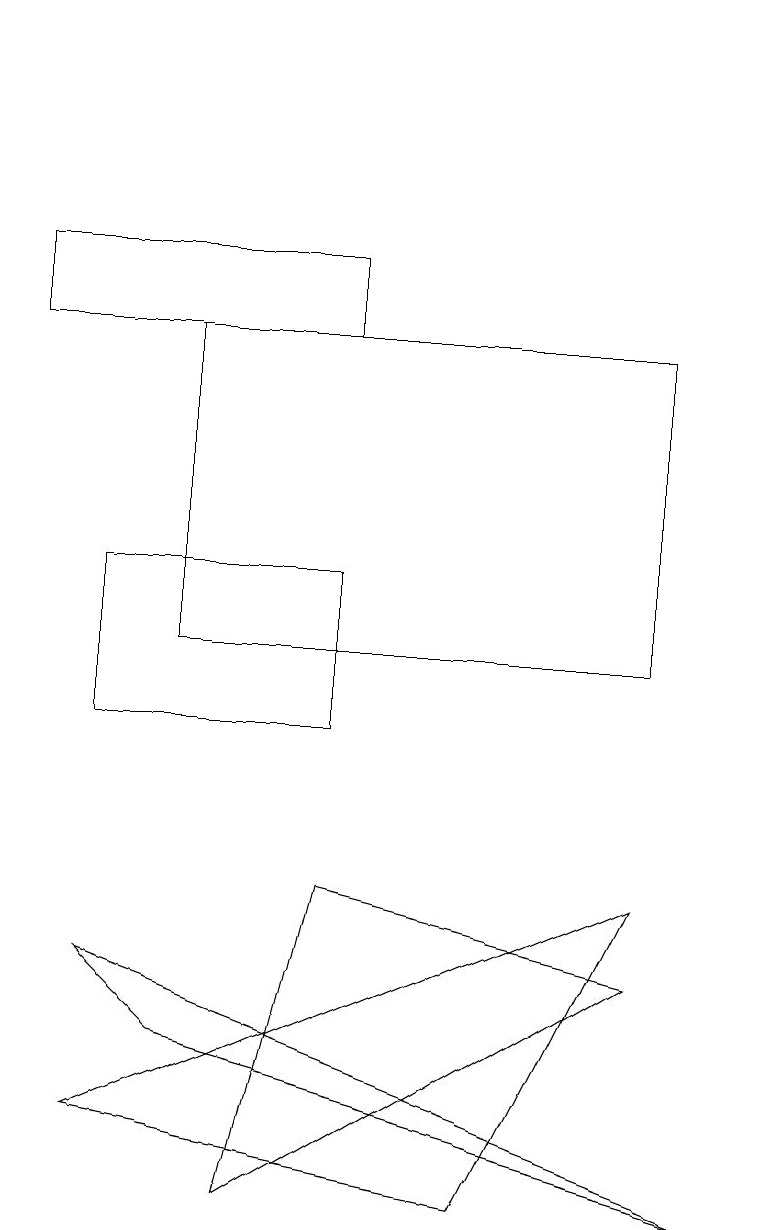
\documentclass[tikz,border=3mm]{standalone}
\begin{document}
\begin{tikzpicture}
\draw (4,15) rectangle (0,16);
\draw (9,16) rectangle (9,19);
\draw (3,4) -- (4,8) -- (8,7) -- cycle;
\draw (1,10) rectangle (4,12);
\draw (1,5) -- (8,8) -- (6,4) -- cycle;
\draw (8,15) rectangle (2,11);
\draw (9,4) -- (1,7) -- (2,6) -- cycle;
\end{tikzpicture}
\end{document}